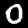
Label: 0